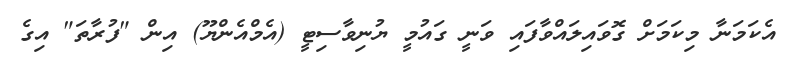
އެކަމަނާ މިކަމަށް ގޮވައިލައްވާފައި ވަނީ ގައުމީ ޔުނިވާސިޓީ (އެމްއެންޔޫ) އިން "ފުރާތަ" އިގެ